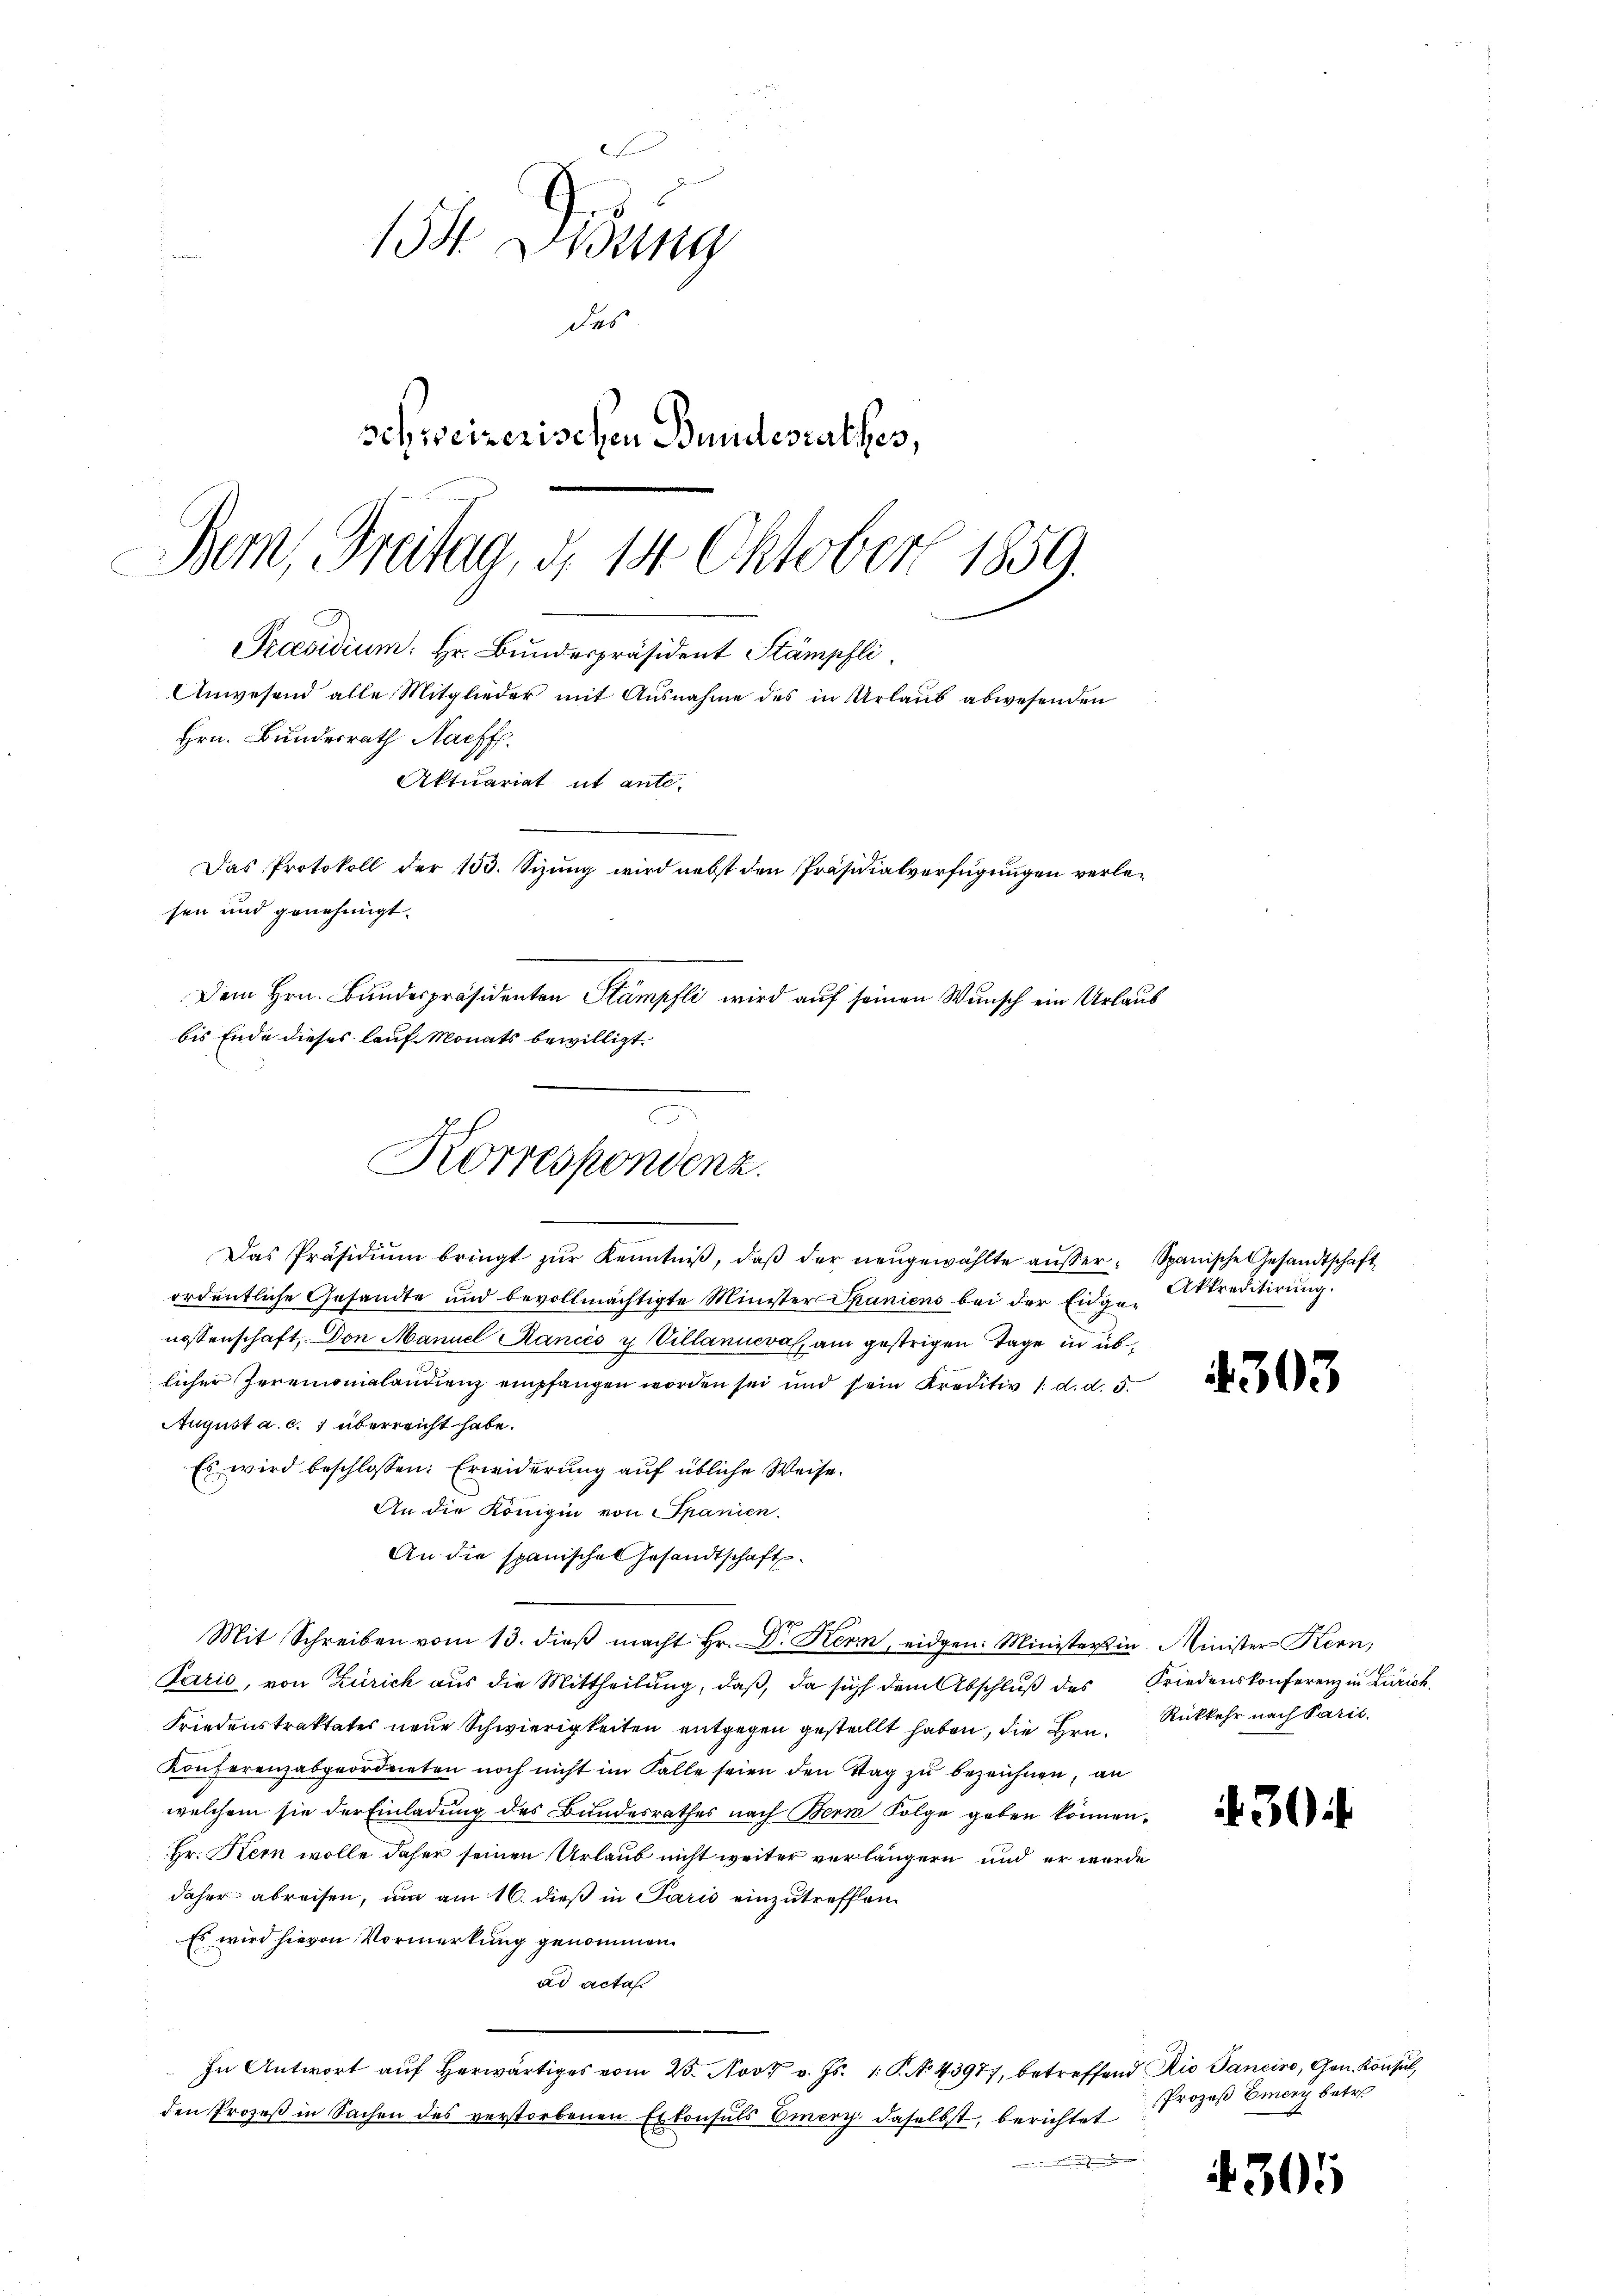
Korrespondenz.

154. Didung
des
schweizerischen Bundesrathes,
Bern, Freitag, d. 14 Oktober 1859.
Praesidium: Hr. Bundespräsident Stämpfli
Anwesend alle Mitglieder mit Ausnahme des in Urlaŭb abwesenden
Hrn. Bundesrath Nachf
Aktuariat ut ante.
Das Protokoll der 153. Sizung wird nebst den Präsidialverfügungen verlesen und genehmigt.
Dem Hrn. Bundespräsidenten Stampfli wird auf seinen Wunsch ein Urlaub
bis Ende dieses lauf Monats bewilligt.

Das Präsidiŭm bringt zŭr Kenntniβ, daβ der neŭgewählte aŭβer-Spanische Gesandtschaft
ordentliche Gesandte und bevollmächtigte Minister Spaniens bei der Eidge-Akkreditirung.
nossenschaft, Don Manuel Rancés y Villanneval, am gestrigen Tage in üblicher Zereinsmalondienz empfangen worden sei und sein Kreditiv 1. d. d. 5.
August a. c. 1 überreicht habe.
Es wird beschlossen: Erwiderung auf übliche Weise.
An die Königin von Spanien.
An die spanisches Gesandtschaft
Mit Schreiben vom 13. dieβ macht Hr. Dr. Kern, eidgen: Ministers in Minister Kern,
Paris, von Zürich aus die Mittheilung, daß, da sich dem Abschlŭβ des Friedenskonferenz in Zürich
Friedenstraktates neue Schwierigkeiten entgegen gestellt haben, die Hrn. Rückkehr nach Paris
Konferenzabgeordneten noch nicht im Falle seien den Tag zu bezeichnen, an
welchem sie der Einladung des Bundesrathes nach Bern Folge geben können.
Hr. Kern wolle daher seinen Urlaub nicht weiter verlängern und er wurde
daher abreisen, um am 16. dieß in Paris einzutreffen
Es wird hievon Vormerkung genommen.
ad acta
In Antwort aŭf herwärtiges vom 23. Nov. v. Js. 1. P. N. 43977, betreffend Rio Janein, Gen. Konsul,
den Prozeß in Sachen des verstorbenen Erkonsuls Emery daselbst, berichtet Prozeß Emery betre

4303

30

4305